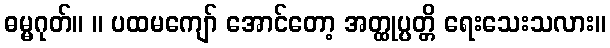
ဓမ္မဂုတ်။ ။ ပထမကျော် အောင်တော့ အတ္ထုပ္ပတ္တိ ရေးသေးသလား။